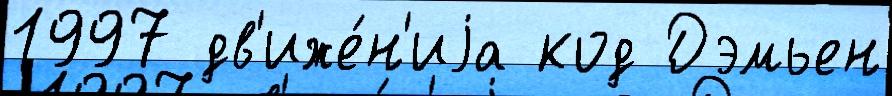
1997 дв'иже́н'иjа код Дэмьен